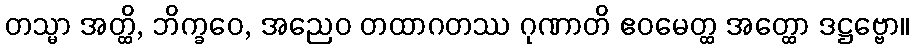
တသ္မာ အတ္ထိ, ဘိက္ခဝေ, အညေဝ တထာဂတဿ ဂုဏာတိ ဧဝမေတ္ထ အတ္ထော ဒဋ္ဌဗ္ဗော။